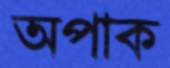
অপাক